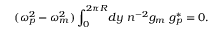
( \omega _ { p } ^ { 2 } - \omega _ { m } ^ { 2 } ) \int _ { 0 } ^ { 2 \pi R } \! d y \ n ^ { - 2 } g _ { m } \ g _ { p } ^ { * } = 0 .